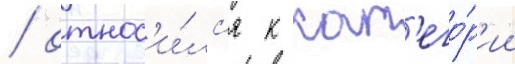
/ относ'и́лс'я к кат'его́р'ии